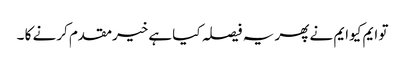
تو ایم کیوایم نے پھر یہ فیصلہ کیا ہےخیرمقدم کرنے کا ۔